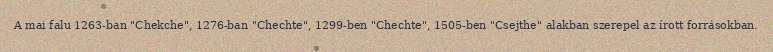
A mai falu 1263-ban "Chekche", 1276-ban "Chechte", 1299-ben "Chechte", 1505-ben "Csejthe" alakban szerepel az írott forrásokban.